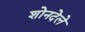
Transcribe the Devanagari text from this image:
शोनदेले